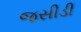
જસીડી